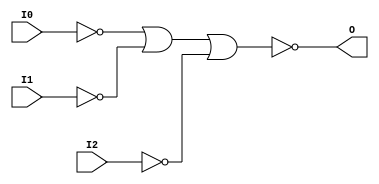
module NOR3B3 (O, I0, I1, I2);

    output O;

    input  I0, I1, I2;

    wire i0_inv;
    wire i1_inv;
    wire i2_inv;

    not N2 (i2_inv, I2);
    not N1 (i1_inv, I1);
    not N0 (i0_inv, I0);
    nor O1 (O, i0_inv, i1_inv, i2_inv);


endmodule